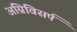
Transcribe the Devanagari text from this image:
अग्निविसर्प